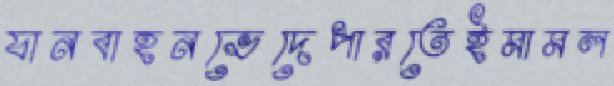
যানবাহনভেদেপারতেইমামল